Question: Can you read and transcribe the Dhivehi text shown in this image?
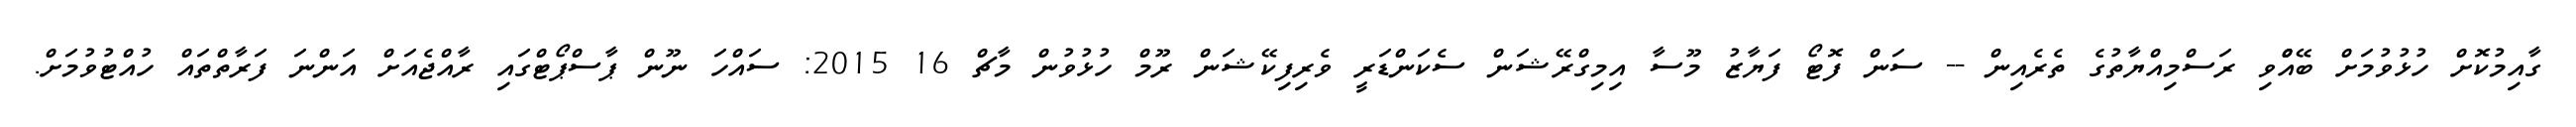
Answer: ގާއިމުކޮށް ހުޅުވުމަށް ބޭއްްވި ރަސްމިއްޔާތުގެ ތެރެއިން -- ސަން ފޮޓޯ ފަޔާޒު މޫސާ އިމިގްރޭޝަން ސެކަންޑަރީ ވެރިފިކޭޝަން ރޫމް ހުޅުވުން މާޗް 16 2015: ސައްހަ ނޫން ޕާސްޕޯޓްގައި ރާއްޖެއަށް އަންނަ ފަރާތްތައް ހުއްޓުވުމަށް.